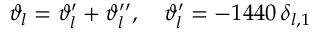
\vartheta _ { l } = \vartheta _ { l } ^ { \prime } + \vartheta _ { l } ^ { \prime \prime } , \quad \vartheta _ { l } ^ { \prime } = - 1 4 4 0 \, \delta _ { l , 1 }